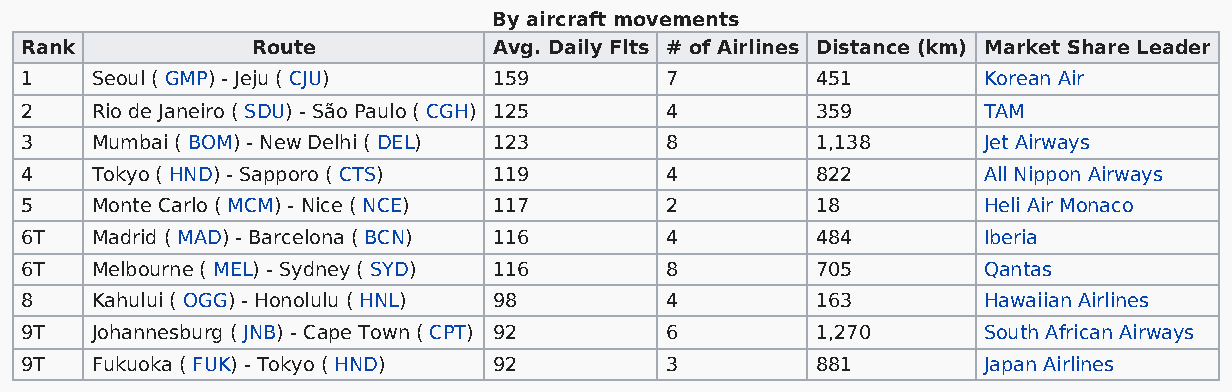
By aircraft movements
 Rank            Route           Avg. Daily Flts # of Airlines Distance (km) Market Share Leader
 1    Seoul ( GMP) - Jeju ( CJU) 159        7         451        Korean Air
 2    Rio de Janeiro ( SDU) - São Paulo ( CGH) 125 4  359        TAM
 3    Mumbai ( BOM) - New Delhi ( DEL) 123  8         1,138      Jet Airways
 4    Tokyo ( HND) - Sapporo ( CTS) 119     4         822        All Nippon Airways
 5    Monte Carlo ( MCM) - Nice ( NCE) 117  2         18         Heli Air Monaco
 6T   Madrid ( MAD) - Barcelona ( BCN) 116  4         484        Iberia
 6T   Melbourne ( MEL) - Sydney ( SYD) 116  8         705        Qantas
 8    Kahului ( OGG) - Honolulu ( HNL) 98   4         163        Hawaiian Airlines
 9T   Johannesburg ( JNB) - Cape Town ( CPT) 92 6     1,270      South African Airways
 9T   Fukuoka ( FUK) - Tokyo ( HND) 92      3         881        Japan Airlines